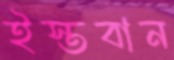
ইস্তবান